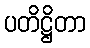
ပတိဋ္ဌိတာ